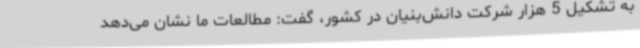
به تشکیل 5 هزار شرکت دانش‌بنیان در کشور، گفت: مطالعات ما نشان می‌دهد